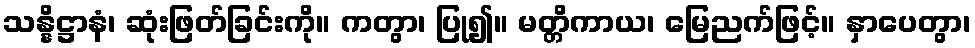
သန္နိဋ္ဌာနံ၊ ဆုံးဖြတ်ခြင်းကို။ ကတွာ၊ ပြု၍။ မတ္တိကာယ၊ မြေညက်ဖြင့်။ နှာပေတွာ၊